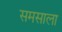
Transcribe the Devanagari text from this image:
समसाला